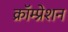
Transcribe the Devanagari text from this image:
क्रॉम्प्रेशन